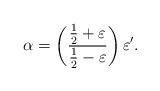
LaTeX: \begin{align*} \alpha = \left(\frac{\frac{1}{2}+\varepsilon}{\frac{1}{2}-\varepsilon}\right)\varepsilon'.\end{align*}